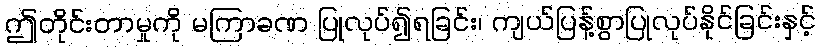
ဤတိုင်းတာမှုကို မကြာခဏ ပြုလုပ်၍ရခြင်း၊ ကျယ်ပြန့်စွာပြုလုပ်နိုင်ခြင်းနှင့်